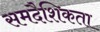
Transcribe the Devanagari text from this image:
समदैशिकता